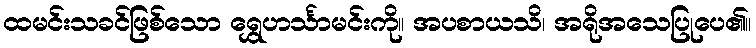
ထမင်းသခင်ဖြစ်သော ရွှေဟင်္သာမင်းကို။ အပစာယသိ၊ အရိုအသေပြုပေ၏။